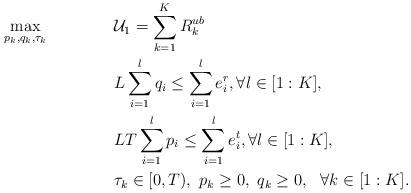
LaTeX: \begin{align*}&\underset{p_k, q_k, \tau_k}{\max} && \mathcal{U}_1=\sum\limits_{k=1}^K R^{ub}_{k} \\& && L\sum\limits_{i=1}^l q_i \leq \sum\limits_{i=1}^l e^{r}_{i}, \forall l \in [1:K], \\&&& LT\sum\limits_{i=1}^l p_i \leq \sum\limits_{i=1}^l e^{t}_{i}, \forall l \in [1:K], \\&&&\tau_k\in[0,T),~p_k \geq 0,~q_k\geq0,~ ~\forall k \in [1:K].\end{align*}